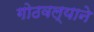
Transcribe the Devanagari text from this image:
गोठवल्याने